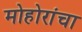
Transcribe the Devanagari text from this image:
मोहोरांचा